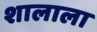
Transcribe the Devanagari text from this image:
शालाला